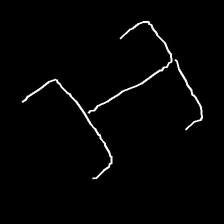
Glyph: entwine